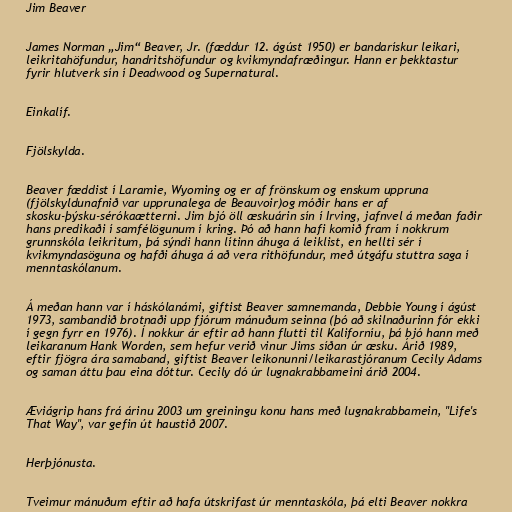
Jim Beaver

James Norman „Jim“ Beaver, Jr. (fæddur 12. ágúst 1950) er bandarískur leikari,
leikritahöfundur, handritshöfundur og kvikmyndafræðingur. Hann er þekktastur
fyrir hlutverk sín í Deadwood og Supernatural.

Einkalíf.

Fjölskylda.

Beaver fæddist í Laramie, Wyoming og er af frönskum og enskum uppruna
(fjölskyldunafnið var upprunalega de Beauvoir)og móðir hans er af
skosku-þýsku-sérókaætterni. Jim bjó öll æskuárin sín í Irving, jafnvel á meðan faðir
hans predikaði í samfélögunum í kring. Þó að hann hafi komið fram í nokkrum
grunnskóla leikritum, þá sýndi hann lítinn áhuga á leiklist, en hellti sér í
kvikmyndasöguna og hafði áhuga á að vera rithöfundur, með útgáfu stuttra saga í
menntaskólanum.

Á meðan hann var í háskólanámi, giftist Beaver samnemanda, Debbie Young í ágúst
1973, sambandið brotnaði upp fjórum mánuðum seinna (þó að skilnaðurinn fór ekki
í gegn fyrr en 1976). Í nokkur ár eftir að hann flutti til Kaliforníu, þá bjó hann með
leikaranum Hank Worden, sem hefur verið vinur Jims síðan úr æsku. Árið 1989,
eftir fjögra ára samaband, giftist Beaver leikonunni/leikarastjóranum Cecily Adams
og saman áttu þau eina dóttur. Cecily dó úr lugnakrabbameini árið 2004.

Æviágrip hans frá árinu 2003 um greiningu konu hans með lugnakrabbamein, "Life's
That Way", var gefin út haustið 2007.

Herþjónusta.

Tveimur mánuðum eftir að hafa útskrifast úr menntaskóla, þá elti Beaver nokkra